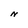
Character: N